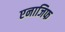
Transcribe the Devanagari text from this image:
एनाजिफ